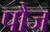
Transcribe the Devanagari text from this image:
पौज